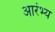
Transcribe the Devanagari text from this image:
आरंभ्य